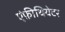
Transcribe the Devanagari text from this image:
एंफ़ीथियेटर